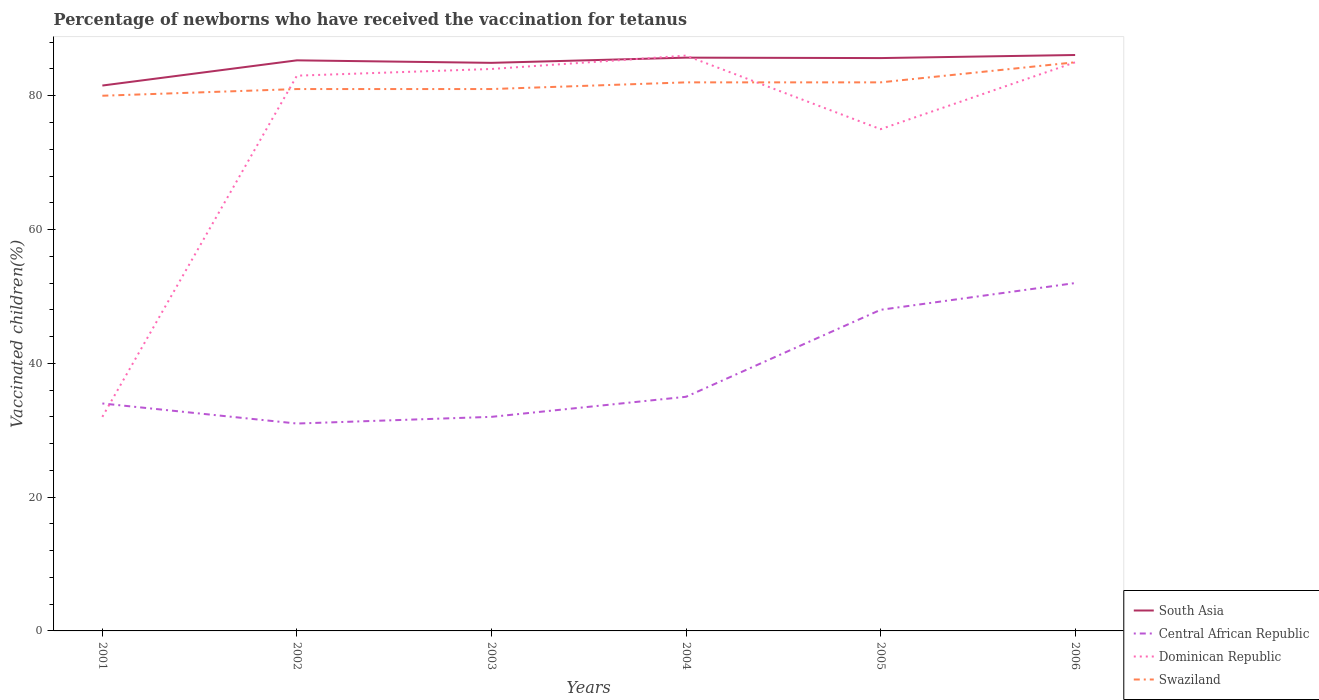
| Years | South Asia | Central African Republic | Dominican Republic | Swaziland |
 | --- | --- | --- | --- | --- |
 | 2001 | 81.5 | 34 | 32 | 80 |
 | 2002 | 85.3 | 31 | 83 | 81 |
 | 2003 | 84.9 | 32 | 84 | 81 |
 | 2004 | 85.7 | 35 | 86 | 82 |
 | 2005 | 85.6 | 48 | 75 | 82 |
 | 2006 | 86.1 | 52 | 85 | 85 |